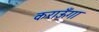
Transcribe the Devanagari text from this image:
कराऊँगा